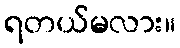
ရတယ်မလား။